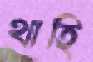
থাহি